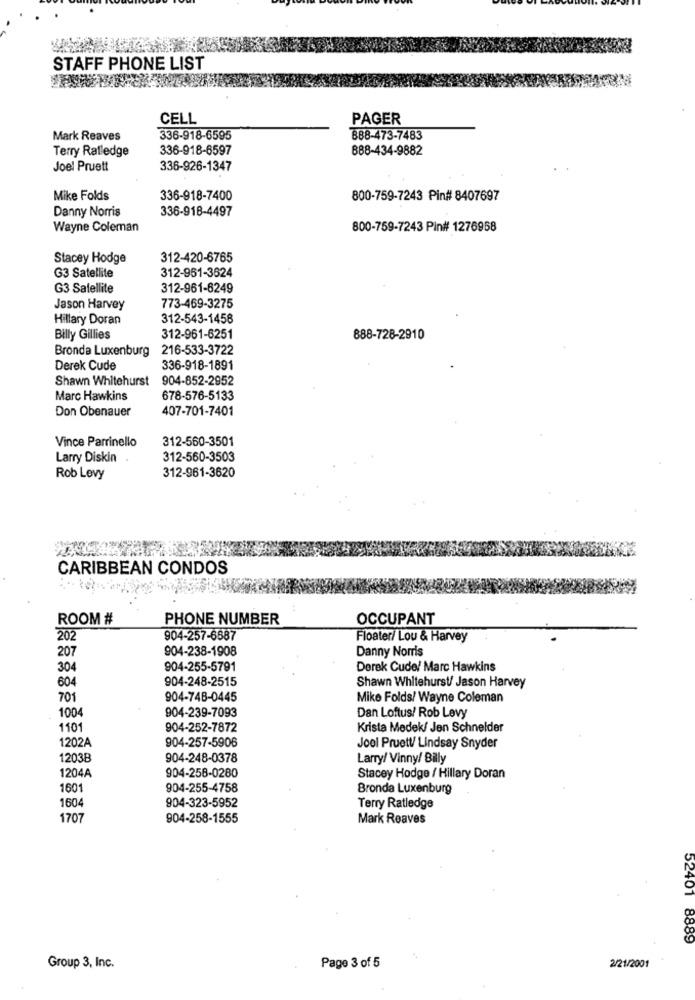
STAFF PHONE LIST
CELL
PAGER
Mark Reaves
336-918-6595
888-473-7483
Terry Ratledge
336-918-6597
888-434-9882
Joel Pruett
336-926-1347
Mike Folds
336-918-7400
800-759-7243 Pin# 8407697
Danny Norris
336-918-4497
Wayne Coleman
800-759-7243 Pin# 1276958
Stacey Hodge
312-420-6765
G3 Satellite
312-961-3624
G3 Satellite
312-961-6249
Jason Harvey
773-469-3275
Hillary Doran
312-543-1458
Billy Gillies
312-961-6251
888-728-2910
Bronda Luxenburg 216-533-3722
Derek Cude
336-918-1891
Shawn Whitehurst
904-852-2952
Marc Hawkins
678-576-5133
Don Obenauer
407-701-7401
Vince Parrinello
312-560-3501
Larry Diskin .
312-560-3503
312-961-3620
Rob Levy
CARIBBEAN CONDOS
ROOM #
PHONE NUMBER
OCCUPANT
202
904-257-6587
Floater/ Lou & Harvey
207
904-238-1908
Danny Norris
304
904-255-5791
Derek Cude/ Marc Hawkins
604
904-248-2515
Shawn Whitehurst/ Jason Harvey
701
904-748-0445
Mike Folds/ Wayne Coleman
1004
904-239-7093
Dan Loftus/ Rob Levy
1101
904-252-7872
Krista Medek/ Jen Schneider
1202A
904-257-5906
Jool Pruett/ Lindsay Snyder
1203B
904-248-0378
Larry/ Vinny/ Billy
1204A
904-258-0280
Stacey Hodge / Hillary Doran
160
904-255-4758
Bronda Luxenburg
904-323-5952
1604
Terry Ratledge
1707
904-258-1555
Mark Reaves
52401 8889
Group 3, Inc.
Page 3 of 5
2/21/2001